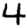
Digit: 4